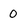
Character: 0